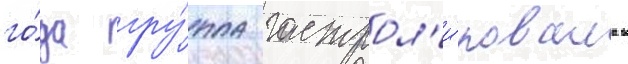
го́да гру́ппа гастрол'и́ровала в